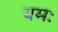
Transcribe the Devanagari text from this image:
यमः